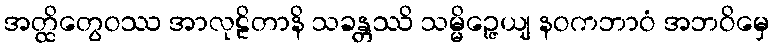
အတ္ထိတွေဝဿ အာလုဠိတာနိ သခန္တဿိ သမ္မိဉ္ဇေယျ နဝကဘာဝံ အဘဝိမှေ